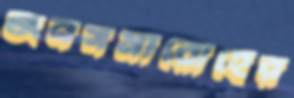
জনসমারোহের